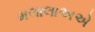
મલાલાઅએ